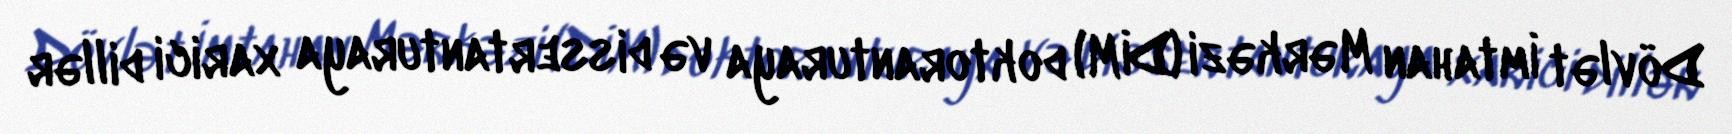
Dövlət İmtahan Mərkəzi (DİM) doktoranturaya və dissertanturaya xarici dillər